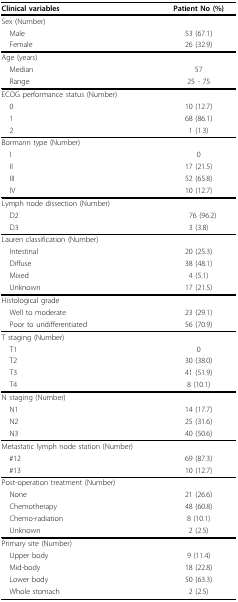
| Clinical variables | Patient No (%) |
 | --- | --- |
 | Sex (Number) |  |
 | Male | 53 (67.1) |
 | Female | 26 (32.9) |
 | Age (years) |  |
 | Median | 57 |
 | Range | 25 - 75 |
 | ECOG performance status (Number) |  |
 | 0 | 10 (12.7) |
 | 1 | 68 (86.1) |
 | 2 | 1 (1.3) |
 | Bormann type (Number) |  |
 | I | 0 |
 | II | 17 (21.5) |
 | III | 52 (65.8) |
 | IV | 10 (12.7) |
 | Lymph node dissection (Number) |  |
 | D2 | 76 (96.2) |
 | D3 | 3 (3.8) |
 | Lauren classification (Number) |  |
 | Intestinal | 20 (25.3) |
 | Diffuse | 38 (48.1) |
 | Mixed | 4 (5.1) |
 | Unknown | 17 (21.5) |
 | Histological grade |  |
 | Well to moderate | 23 (29.1) |
 | Poor to undifferentiated | 56 (70.9) |
 | T staging (Number) |  |
 | T1 | 0 |
 | T2 | 30 (38.0) |
 | T3 | 41 (51.9) |
 | T4 | 8 (10.1) |
 | N staging (Number) |  |
 | N1 | 14 (17.7) |
 | N2 | 25 (31.6) |
 | N3 | 40 (50.6) |
 | Metastatic lymph node station (Number) |  |
 | #12 | 69 (87.3) |
 | #13 | 10 (12.7) |
 | Post-operation treatment (Number) |  |
 | None | 21 (26.6) |
 | Chemotherapy | 48 (60.8) |
 | Chemo-radiation | 8 (10.1) |
 | Unknown | 2 (2.5) |
 | Primary site (Number) |  |
 | Upper body | 9 (11.4) |
 | Mid-body | 18 (22.8) |
 | Lower body | 50 (63.3) |
 | Whole stomach | 2 (2.5) |